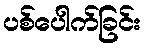
ပစ်ပေါက်ခြင်း